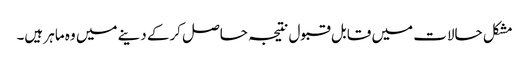
مشکل حالات میں قابل قبول نتیجہ حاصل کرکے دینے میں وہ ماہر ہیں۔